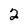
Character: 2